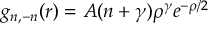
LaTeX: g _ { n , - n } ( r ) = A ( n + \gamma ) \rho ^ { \gamma } e ^ { - \rho / 2 }